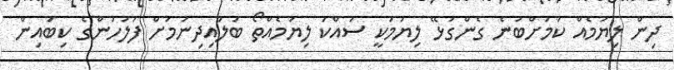
ދިން ލިޔުމެއް ކަމަށްބުނެ ގެންގުޅޭ ލިޔުމަކީ ސައްކަ ލިޔުމެއްތޯ ބަލައިދިނުމަށް ފުލުހުންގެ ކިބައިން